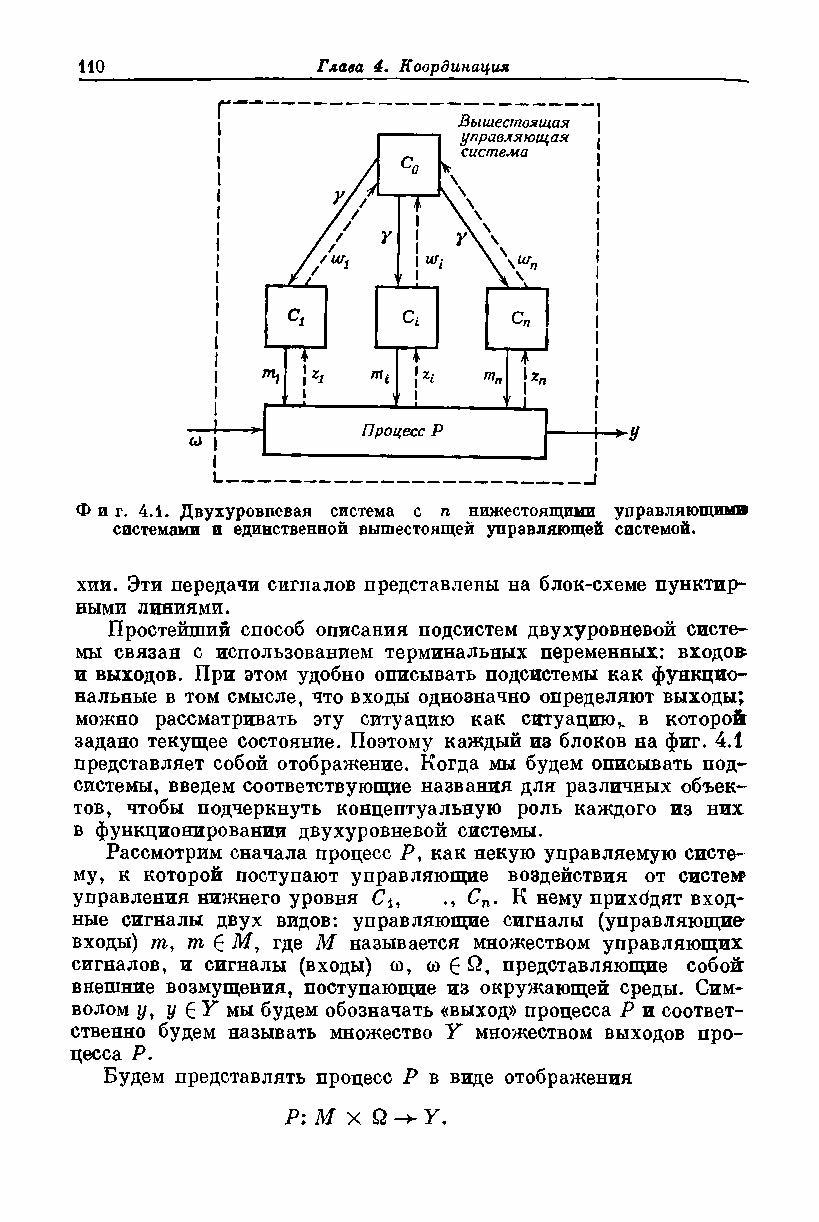
Фиг. 4.1. Двухуровневая система с п нижестоящими управляющими
 системами и единственной вышестоящей управляющей системой.
 хии. Эти передачи сигналов представлепы на блок-схеме пунктир­
 ными линиями.
 Простейший способ описания подсистем двухуровневой систе­
 мы связан с использованием терминальных переменных: входов;
 и выходов. При этом удобно описывать подсистемы как функцио­
 нальные в том смысле, что входы однозначно определяют выходы;
 можно рассматривать эту ситуацию как ситуациюs в которой
 задано текущее состояние. Поэтому каждый из блоков на фиг, 4.1
 представляет собой отображение. Когда мы будем описывать под­
 системы, введем соответствующие названия для различных объек­
 тов, чтобы подчеркнуть концептуальную роль каждого из них
 в функционировании двухуровневой системы.
 Рассмотрим сначала процесс Р, как некую управляемую систе­
 му, к которой поступают управляющие воздействия от систем*
 управления нижнего уровня Си Сп. К нему прихбдят вход­
 ные сигналы двух видов: управляющие сигналы (управляющие-
 входы) т, т £ М, где М называется множеством управляющих
 сигналов, и сигналы (входы) о, о £ £2, представляющие собой
 внешние возмущения, поступающие из окружающей среды. Сим­
 волом у, у £ Y мы будем обозначать «выход» процесса Р и соответ­
 ственно будем называть множество Y множеством выходов про­
 цесса Р.
 Будем представлять процесс Р в виде отображения
 Р: М X £2 У.